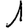
Digit: 1